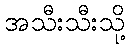
အသီးသီးသို့